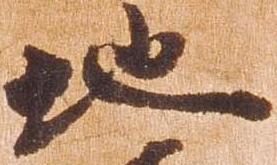
地